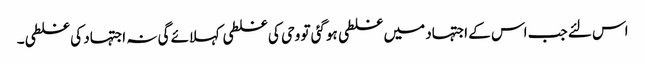
اس لئے جب اس کے اجتہاد میں غلطی ہوگئی تو وحی کی غلطی کہلائے گی نہ اجتہاد کی غلطی۔